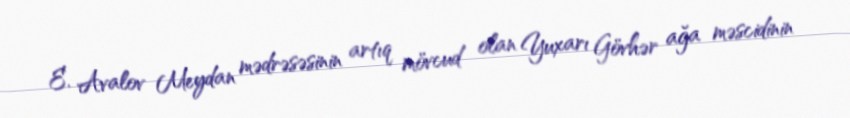
E. Avalov Meydan mədrəsəsinin artıq mövcud olan Yuxarı Gövhər ağa məscidinin